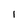
Character: I